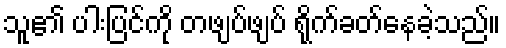
သူ၏ ပါးပြင်ကို တဖျပ်ဖျပ် ရိုက်ခတ်နေခဲ့သည်။